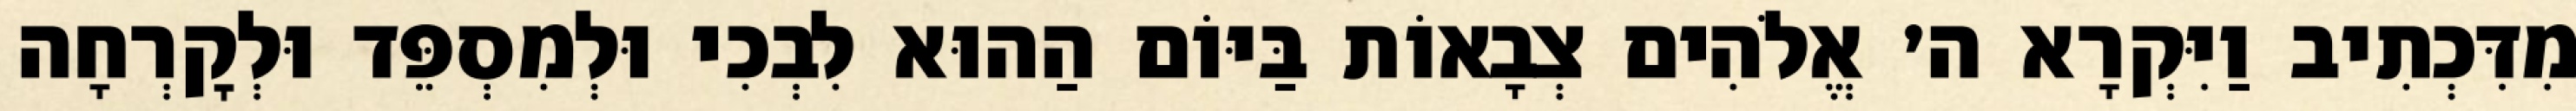
מִדִּכְתִיב וַיִּקְרָא ה׳ אֱלֹהִים צְבָאוֹת בַּיּוֹם הַהוּא לִבְכִי וּלְמִסְפֵּד וּלְקׇרְחָה